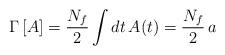
LaTeX: \begin{align*}\Gamma\,[A]=\frac{N_f}{2}\int dt\,A(t)=\frac{N_f}{2}\,a\end{align*}